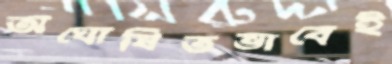
অঘোষিতভাবেই